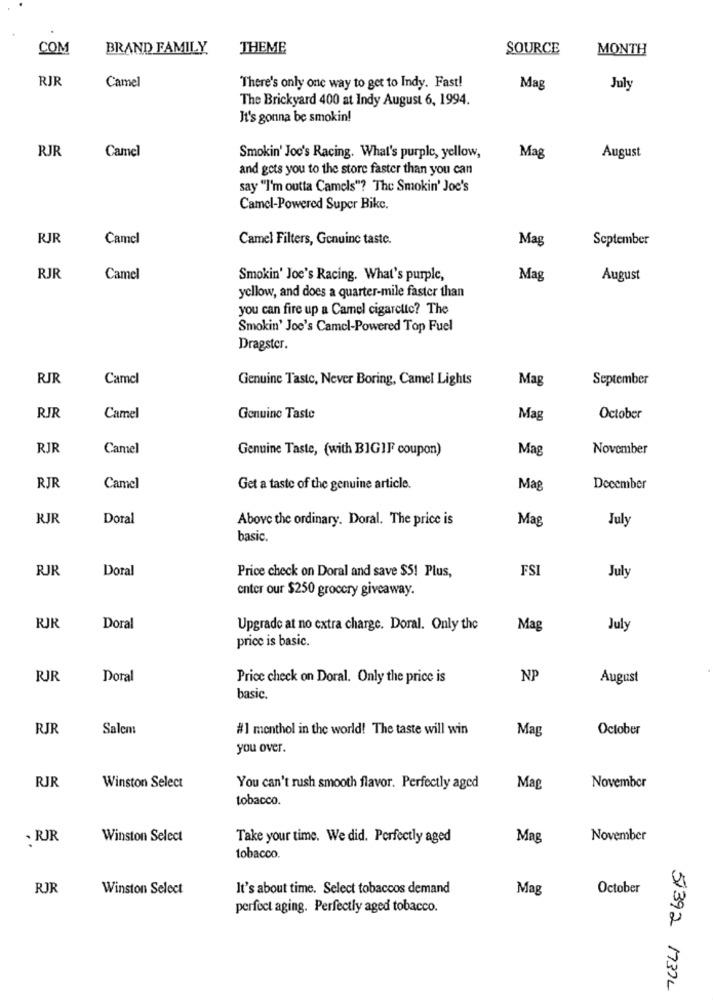
COM
BRAND FAMILY
THEME
SOURCE
MONTH
RJR
Camel
There's only one way to get to Indy. Fast!
Mag
July
The Brickyard 400 at Indy August 6, 1994.
It's gonna be smokin!
RJR
Camel
Smokin' Joc's Racing. What's purple, yellow,
Mag
August
and gets you to the store faster than you can
say "I'm outta Camels"? The Smokin' Joe's
Camel-Powered Super Bike.
RJR
Camel
Camel Filters, Genuine taste.
Mag
September
RJR
Camel
Smokin' Joe's Racing. What's purple,
Mag
August
yellow, and does a quarter-mile faster than
you can fire up a Camel cigarctic? The
Smokin' Joe's Camel-Powered Top Fuel
Dragster.
RJR
Camel
Genuine Taste, Never Boring, Camel Lights
Mag
September
RJR
Camel
Genuine Taste
Mag
October
RJR
Camel
Genuine Taste, (with BIGIF coupon)
Mag
November
RJR
Camel
Get a taste of the genuine article.
Mag
December
RJR
Doral
Above the ordinary. Doral. The price is
Mag
July
basic.
RJR
Doral
Price check on Doral and save $5! Plus,
FSI
July
enter our $250 grocery giveaway.
RJR
Doral
Upgrade at no extra charge. Doral. Only the
Mag
July
price is basic.
RJR
Doral
Price check on Doral. Only the price is
NP
August
basic.
RJR
Salem:
#1 monthol in the world! The taste will win
Mag
October
you over.
RJR
Winston Select
You can't rush smooth flavor. Perfectly aged
Mag
November
tobacco.
. RJR
Winston Select
Take your time. We did. Perfectly aged
Mag
November
tobacco.
RJR
Winston Select
It's about time. Select tobaccos demand
Mag
October
perfect aging. Perfectly aged tobacco.
51392 1737L